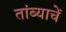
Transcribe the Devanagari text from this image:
तांब्याचें